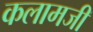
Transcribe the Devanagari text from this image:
कलामजी